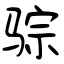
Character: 骔